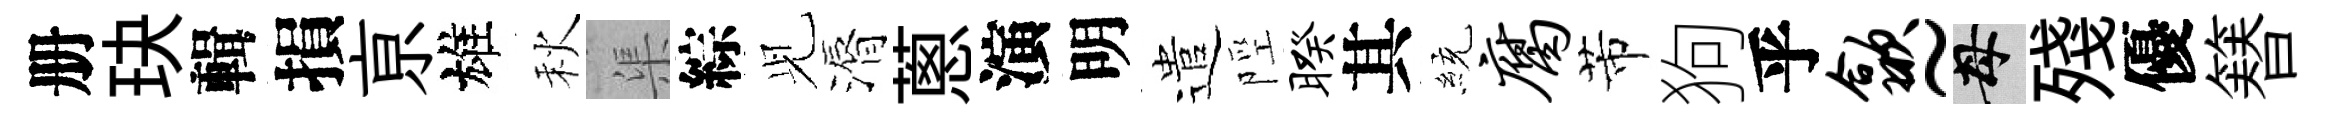
册玦輯損亰雄秋渠綜𫤗漘蔥演明遣陘暌其統腐芾狗乎歙~母殘優簮